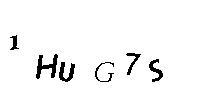
1HUG7S